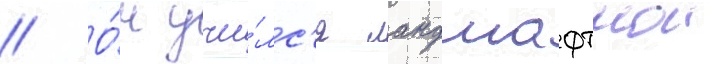
// О́н учи́лс'я ландшафтнои